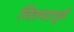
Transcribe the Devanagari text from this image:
चित्रपटापूर्वी